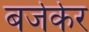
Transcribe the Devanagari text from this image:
बर्जर्कर